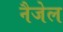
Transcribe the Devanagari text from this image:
नैजेल